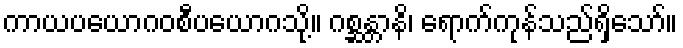
ကာယပယောဂဝစီပယောဂသို့။ ဂစ္ဆန္တာနိ၊ ရောက်ကုန်သည်ရှိသော်။